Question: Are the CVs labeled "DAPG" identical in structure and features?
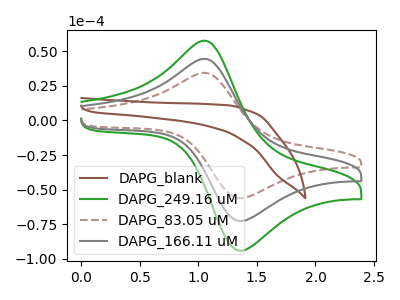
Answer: <think>The brown curve "DAPG_blank" has no peaks. The green curve "DAPG_249.16 uM" has an anodic peak at (1.05V, 89.05uA) and a cathodic peak at (1.35V, -145.55uA). The brown dashed curve "DAPG_83.05 uM" has an anodic peak at (1.05V, 34.40uA) and a cathodic peak at (1.35V, -56.20uA). The gray curve "DAPG_166.11 uM" has an anodic peak at (1.05V, 44.55uA) and a cathodic peak at (1.35V, -72.75uA).
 "DAPG_blank" and "DAPG_249.16 uM" have a different number of peaks. "DAPG_blank" and "DAPG_83.05 uM" have a different number of peaks. "DAPG_blank" and "DAPG_166.11 uM" have a different number of peaks. All the peaks in "DAPG_249.16 uM" have a peak in "DAPG_83.05 uM" at the same potential. Every peak in "DAPG_249.16 uM" is higher than every peak in "DAPG_83.05 uM". All the peaks in "DAPG_249.16 uM" have a peak in "DAPG_166.11 uM" at the same potential. Every peak in "DAPG_249.16 uM" is higher than every peak in "DAPG_166.11 uM". All the peaks in "DAPG_83.05 uM" have a peak in "DAPG_166.11 uM" at the same potential. Every peak in "DAPG_83.05 uM" is lower than every peak in "DAPG_166.11 uM".</think>
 <answer>All the CV's of "DAPG" have similar shape.</answer>
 <eval>follow_rule</eval>